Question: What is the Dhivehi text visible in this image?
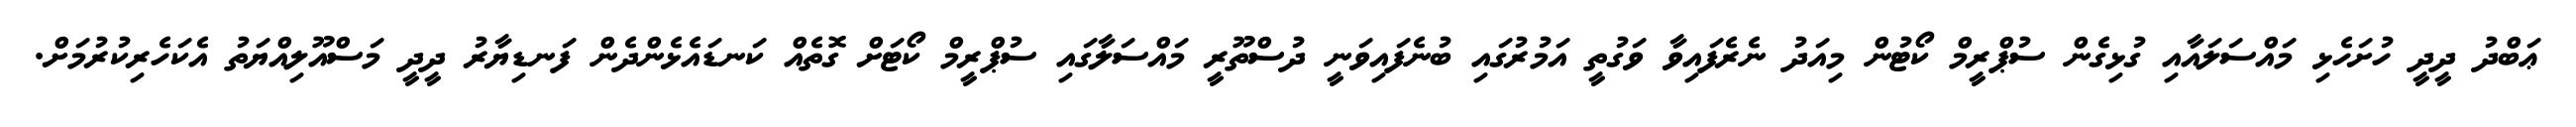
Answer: ޢަބްދު ދީދީ ހުށަހެޅި މައްސަލައާއި ގުޅިގެން ސުޕްރީމް ކޯޓުން މިއަދު ނެރެފައިވާ ވަގުތީ އަމުރުގައި ބުނެފައިވަނީ ދުސްތޫރީ މައްސަލާގައި ސުޕްރީމް ކޯޓަށް ގޮތެއް ކަނޑައެޅެންދެން ފަނޑިޔާރު ދީދީ މަސްއޫލިއްޔަތު އެކަހެރިކުރުމަށް.